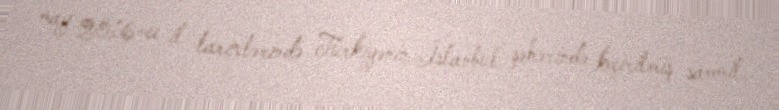
may 2016-cı il tarixlərində Türkiyənin İstanbul şəhərində keçirilmiş sammit.